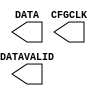
///////////////////////////////////////////////////////
//  Copyright (c) 1995/2015 Xilinx, Inc.
//  All Right Reserved.
///////////////////////////////////////////////////////
//
//   ____   ___
//  /   /\/   / 
// /___/  \  /     Vendor      : Xilinx 
// \  \    \/      Version     : 2015.4
//  \  \           Description : Xilinx Formal Library Component
//  /  /                      
// /__/   /\       Filename    : USR_ACCESSE2.v
// \  \  /  \ 
//  \__\/\__ \                    
//                                 
//  Generated by :  /home/chen/xfoundry/HEAD/env/Databases/CAEInterfaces/LibraryWriters/bin/ltw.pl
//  Revision:    1.0
///////////////////////////////////////////////////////

`timescale 1 ps / 1 ps 

`celldefine

module USR_ACCESSE2 (
  CFGCLK,
  DATA,
  DATAVALID
);

`ifdef XIL_TIMING

  parameter LOC = "UNPLACED";

`endif

  output CFGCLK;
  output DATAVALID;
  output [31:0] DATA;


endmodule

`endcelldefine